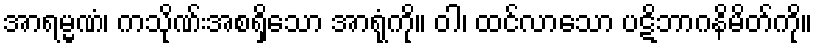
အာရမ္မဏံ၊ ကသိုဏ်းအစရှိသော အာရုံကို။ ဝါ၊ ထင်လာသော ပဋိဘာဂနိမိတ်ကို။